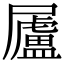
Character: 𡳬